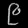
Digit: ၉